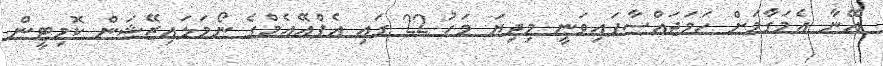
އޭނާ އެމަގާމަށް ހަމަޖައްސާފައިވަނީ މިދިޔަ މަހު 22 ގައި އެފްއޭއެމްގެ ނޯމަލައިޒޭޝަން ކޮމިޓީން